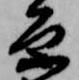
原